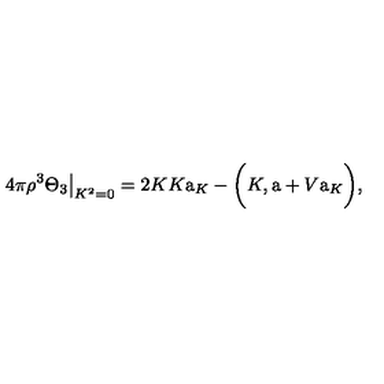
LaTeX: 4 \pi \rho ^ { 3 } \Theta _ { 3 } { \big | } _ { K ^ { 2 } = 0 } = 2 K K \mathrm { \Large a } _ { K } - { \biggl ( } K , \mathrm { \Large a } + V \mathrm { \Large a } _ { K } { \biggr ) } ,